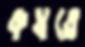
কষতে